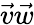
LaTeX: {\vec{v}}{\vec{w}}